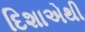
દિશાએથી